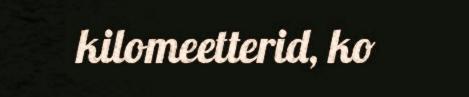
kilomeetterid, ko